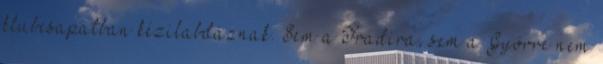
klubcsapatban kézilabdáznak. Sem a Fradira, sem a Győrre nem